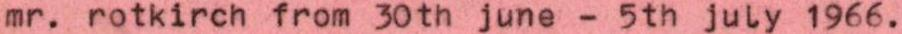
mr. rotkirch from 30th june - 5th july 1966.